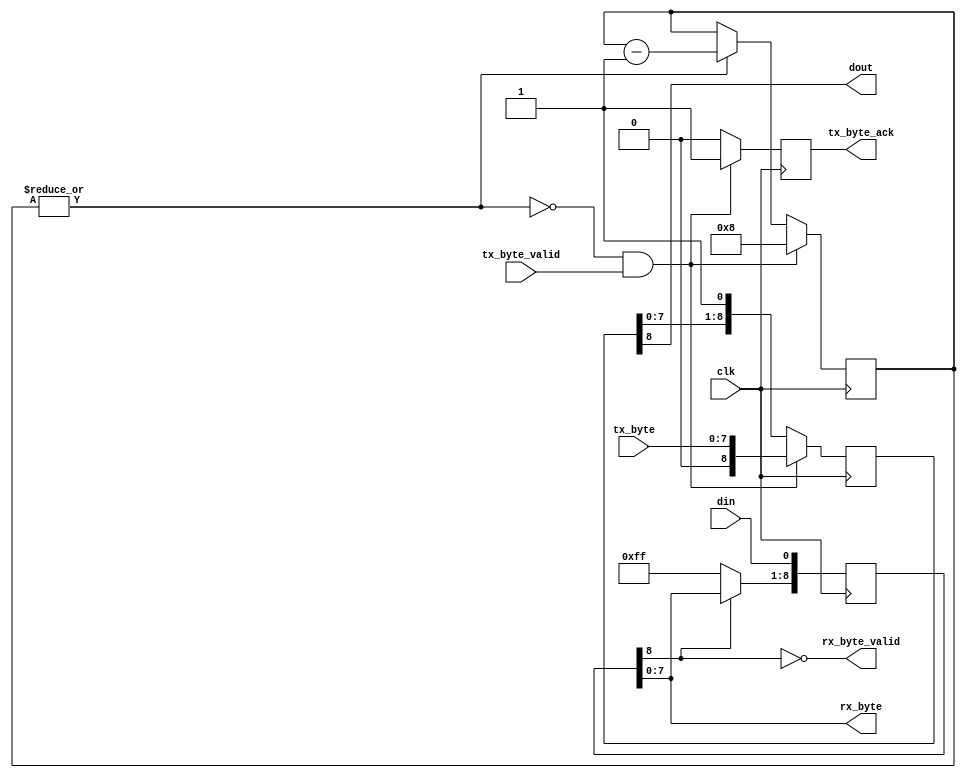
// (C) 2001-2016 Altera Corporation. All rights reserved.
// Your use of Altera Corporation's design tools, logic functions and other 
// software and tools, and its AMPP partner logic functions, and any output 
// files any of the foregoing (including device programming or simulation 
// files), and any associated documentation or information are expressly subject 
// to the terms and conditions of the Altera Program License Subscription 
// Agreement, Altera MegaCore Function License Agreement, or other applicable 
// license agreement, including, without limitation, that your use is for the 
// sole purpose of programming logic devices manufactured by Altera and sold by 
// Altera or its authorized distributors.  Please refer to the applicable 
// agreement for further details.


// $Id: $
// $Revision: $
// $Date: $
// $Author: $
//-----------------------------------------------------------------------------

// Copyright 2012 Altera Corporation. All rights reserved.  
// Altera products are protected under numerous U.S. and foreign patents, 
// maskwork rights, copyrights and other intellectual property laws.  
//
// This reference design file, and your use thereof, is subject to and governed
// by the terms and conditions of the applicable Altera Reference Design 
// License Agreement (either as signed by you or found at www.altera.com).  By
// using this reference design file, you indicate your acceptance of such terms
// and conditions between you and Altera Corporation.  In the event that you do
// not agree with such terms and conditions, you may not use the reference 
// design file and please promptly destroy any copies you have made.
//
// This reference design file is being provided on an "as-is" basis and as an 
// accommodation and therefore all warranties, representations or guarantees of 
// any kind (whether express, implied or statutory) including, without 
// limitation, warranties of merchantability, non-infringement, or fitness for
// a particular purpose, are specifically disclaimed.  By making this reference
// design file available, Altera expressly does not recommend, suggest or 
// require that this reference design file be used in combination with any 
// other product not provided by Altera.
/////////////////////////////////////////////////////////////////////////////

// baeckler 01-07-2012
// serial byte RX/TX with one 0 as a start bit, no stop, no parity

`timescale 1ps/1ps

module serif_tap (
	input clk,
	input din,
	output dout,
	
	output [7:0] rx_byte,
	output rx_byte_valid,
	
	input [7:0] tx_byte,
	input tx_byte_valid,
	output reg tx_byte_ack	
);
	

//////////////////////////////////////
// RX bit to byte

reg [8:0] din_sr = 9'h1ff;
always @(posedge clk) begin
	din_sr <= {din_sr[7:0],din};
	if (!din_sr[8]) din_sr[8:1] <= 8'hff;
end

assign rx_byte_valid = !din_sr[8];
assign rx_byte = din_sr[7:0];

//////////////////////////////////////
// TX byte to bit

reg [8:0] dout_sr = 9'h1ff;
reg [3:0] dout_cntr = 4'h0;
wire dout_cntr_zero = ~|dout_cntr;

always @(posedge clk) begin
	tx_byte_ack <= 1'b0;
	if (!dout_cntr_zero) dout_cntr <= dout_cntr - 1'b1;
	dout_sr <= {dout_sr[7:0],1'b1};
	if (dout_cntr_zero && tx_byte_valid) begin
		dout_cntr <= 4'h8;
		dout_sr <= {1'b0,tx_byte};
		tx_byte_ack <= 1'b1;
	end		
end
assign dout = dout_sr[8];


endmodule
// BENCHMARK INFO :  5SGXEA7N2F45C2
// BENCHMARK INFO :  Max depth :  2.0 LUTs
// BENCHMARK INFO :  Total registers : 23
// BENCHMARK INFO :  Total pins : 22
// BENCHMARK INFO :  Total virtual pins : 0
// BENCHMARK INFO :  Total block memory bits : 0
// BENCHMARK INFO :  Comb ALUTs :                         ; 24              ;       ;
// BENCHMARK INFO :  ALMs : 13 / 234,720 ( < 1 % )
// BENCHMARK INFO :  Worst setup path @ 468.75MHz : 1.112 ns, From dout_cntr[3], To dout_sr[4]}
// BENCHMARK INFO :  Worst setup path @ 468.75MHz : 1.265 ns, From dout_cntr[1], To dout_cntr[1]}
// BENCHMARK INFO :  Worst setup path @ 468.75MHz : 1.248 ns, From dout_cntr[3], To dout_sr[3]}